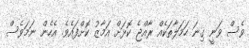
ވެސް ވަނީ ގިނަ ހަމަލާތަކެއް ރާއްޖެ ކޮޅަށް އަމާޒު ކޮށްފައެވެ. އެހެން ނަމަވެސް